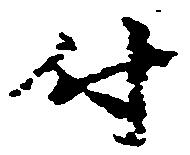
付